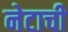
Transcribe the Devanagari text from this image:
नेटाची